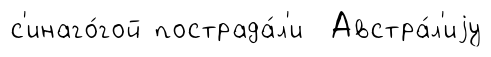
с'инаго́гой пострада́л'и Австра́л'иjу